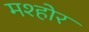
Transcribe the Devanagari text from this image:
मश्होर